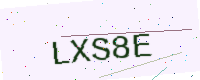
Text: LXS8E